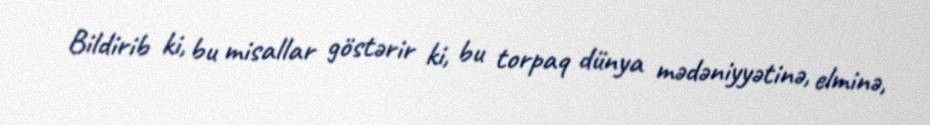
Bildirib ki, bu misallar göstərir ki, bu torpaq dünya mədəniyyətinə, elminə,